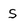
Character: S